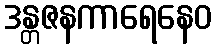
ဒန္တဇနကာရေနေဝ